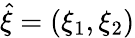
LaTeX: \hat{\xi}=(\xi_{1},\xi_{2})